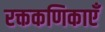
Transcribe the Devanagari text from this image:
रक्तकणिकाएँ